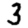
Digit: 3